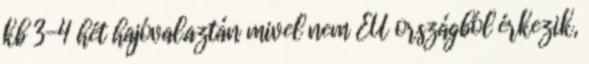
kb 3-4 hét hajóval.aztán mivel nem EU országból érkezik,